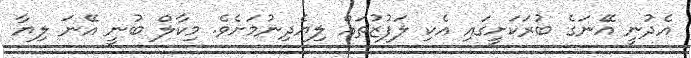
އެދުނީ އޭނަގެ ބުރަކަށީގައި އެކި ލަފުޒުތައް ލިޔެދިނުމަށެވެ. މިކާލް ބުނީ އޭނަ ލިޔާ